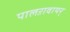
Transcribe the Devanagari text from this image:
पालऱावायर्